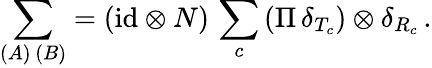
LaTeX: \sum_{(A)\, (B)}=(\mathrm{id}\otimes N)\, \sum_{c}\, (\Pi\, \delta_{T_{c}})\otimes\delta_{R_{c}}\, .